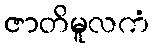
ဇာတိမူလကံ